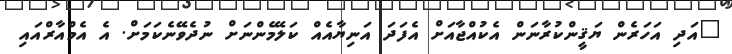
"އަދި އަހަރެން ޔަޤީންކުރާނަން އެކުއްޖާއަށް އެފަދަ އަނިޔާއެއް ކަލޭމެންނަށް ނުދެވޭނެކަމަށް. އެ އެމްއާރްއައި